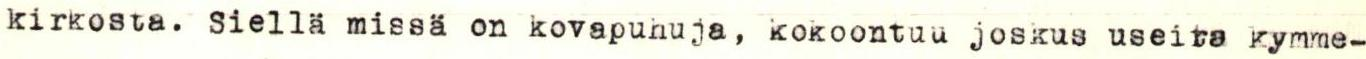
kirkosta. Siellä missä on kovapuhuja, kokoontuu joskus useita kymme-